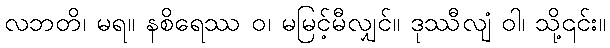
လဘတိ၊ မရ။ နစိရေဿ ဝ၊ မမြင့်မီလျှင်။ ဒုဿီလျံ ဝါ၊ သို့၎င်း။